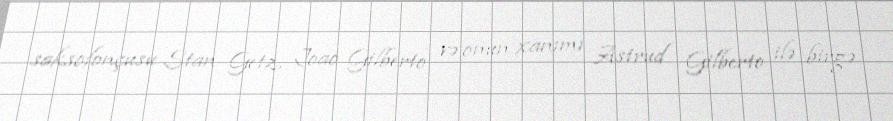
saksofonçusu Stan Getz, Joao Gilberto və onun xanımı Astrud Gilberto ilə birgə